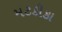
મટકીકા